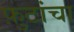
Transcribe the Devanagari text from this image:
फ़ुटांचा